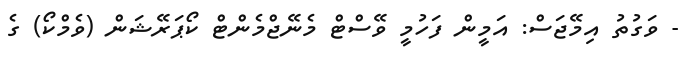
- ވަގުތު އިމޭޖަސް: އަމީން ފަހުމީ ވޭސްޓް މެނޭޖްމެންޓް ކޯޕަރޭޝަން (ވެމްކޯ) ގެ